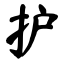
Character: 护